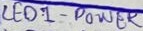
Text: LED1 - POWER